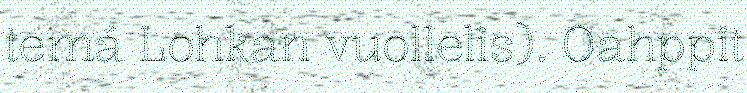
temá Lohkan vuollelis). Oahppit